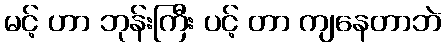
မင့် ဟာ ဘုန်းကြီး ပင့် တာ ကျနေတာဘဲ